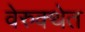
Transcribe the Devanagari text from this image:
वेरुक्थेत